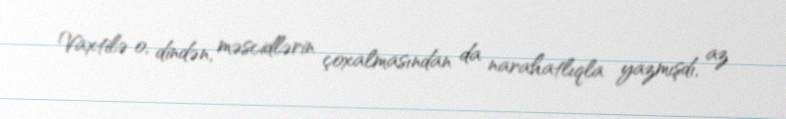
Vaxtilə o, dindən, məscidlərin çoxalmasından da narahatlıqla yazmışdı, az